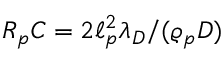
R _ { p } C = 2 \ell _ { p } ^ { 2 } \lambda _ { D } / ( \varrho _ { p } D )